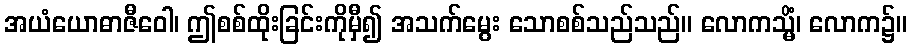
အယံယောဓာဇီဝေါ၊ ဤစစ်ထိုးခြင်းကိုမှီ၍ အသက်မွေး သောစစ်သည်သည်။ လောကသ္မိံ၊ လောက၌။